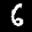
Label: 6